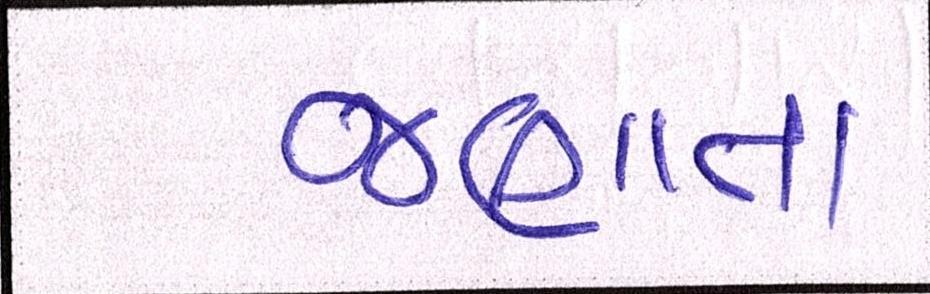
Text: જણાતા